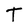
Character: T